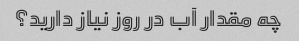
چه مقدار آب در روز نیاز دارید؟